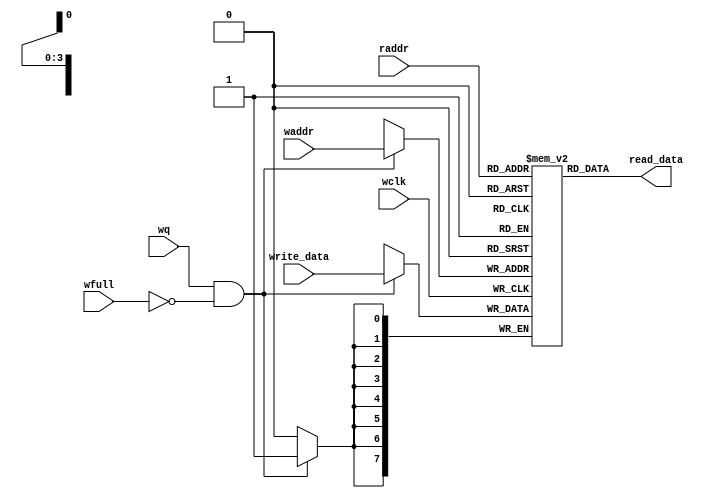
`timescale 1ns / 1ps
//////////////////////////////////////////////////////////////////////////////////
// Company: 
// Engineer: 
// 
// Design Name: 
// Module Name: fifomem
// Project Name: 
// Target Devices: 
// Tool Versions: 
// Description: 
// 
// Dependencies: 
// 
// Revision:
// Revision 0.01 - File Created
// Additional Comments:
// 
//////////////////////////////////////////////////////////////////////////////////


module fifomem 
#(
    parameter DATASIZE = 8,
    parameter ADDRSIZE = 4
)
(
    input [DATASIZE-1:0] write_data,
    input [ADDRSIZE-1:0] waddr,
    input [ADDRSIZE-1:0] raddr,
    input wq,
    input wfull,
    input wclk,

    output [DATASIZE-1:0] read_data
);
    
    localparam DEPTH = 1 << ADDRSIZE;
    reg [DATASIZE-1:0] mem [0:DEPTH-1];
    assign read_data = mem[raddr];

    always @(posedge wclk)
    begin
        if(wq && !wfull)
        begin
            mem[waddr] <= write_data;
        end
    end
endmodule